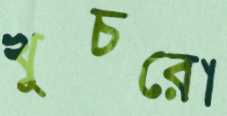
খুচরো